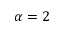
\protect \alpha = 2